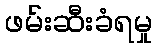
ဖမ်းဆီးခံရမှု